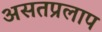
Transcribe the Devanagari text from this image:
असतप्रलाप